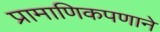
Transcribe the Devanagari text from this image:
प्रामाणिकपणाने